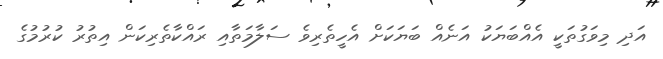
އަދި މިވަގުތަކީ އެއްބަޔަކު އަނެއް ބަޔަކަށް އެހީތެރިވެ ސަލާމަތާއި ރައްކާތެރިކަން އިތުރު ކުރުމުގެ